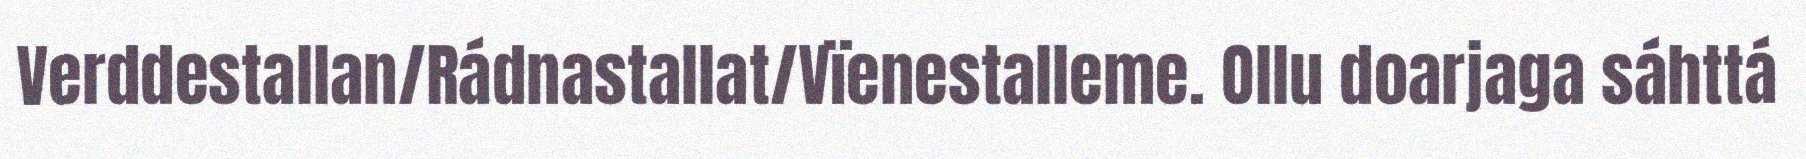
Verddestallan/Rádnastallat/Vïenestalleme. Ollu doarjaga sáhttá